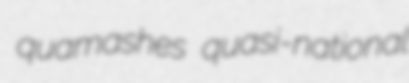
quamashes quasi-national